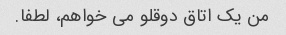
من یک اتاق دوقلو می خواهم، لطفا.